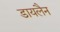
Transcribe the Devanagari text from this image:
डायलैन